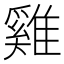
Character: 雞